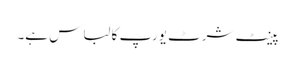
پینٹ شرٹ یورپ کا لباس ہے۔